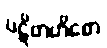
ပဋိဗာဟိတေ